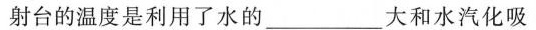
射台的温度是利用了水的_____大和水汽化吸